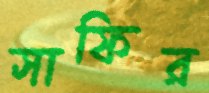
সাফির